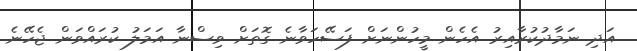
އަދި ނަމާދުކުރާއިރު އެހެން މީހުންނަށް ފަސޭހަވާނެ ގޮތަށް ވިސްނާ އަމަލު ކުރައްވަން ޖެހޭނެ